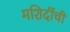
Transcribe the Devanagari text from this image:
मशिदींची